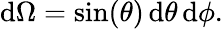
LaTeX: \mathrm{d}\Omega=\sin(\theta)\, \mathrm{d}\theta\, \mathrm{d}\phi.